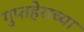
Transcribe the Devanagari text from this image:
गुप्तहेराच्या